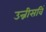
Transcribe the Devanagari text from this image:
उन्नीसविं